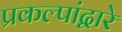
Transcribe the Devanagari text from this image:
प्रकल्पांद्वारे